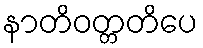
နာတိဝတ္တတိပေ